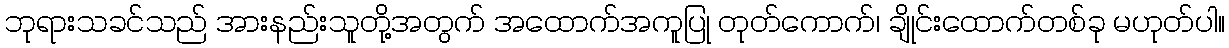
ဘုရားသခင်သည် အားနည်းသူတို့အတွက် အထောက်အကူပြု တုတ်ကောက်၊ ချိုင်းထောက်တစ်ခု မဟုတ်ပါ။